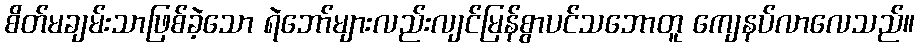
စိတ်မချမ်းသာဖြစ်ခဲ့သော ရဲဘော်များလည်းလျင်မြန်စွာပင်သဘောတူ ကျေနပ်လာလေသည်။